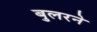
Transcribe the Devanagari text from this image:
बुलरने